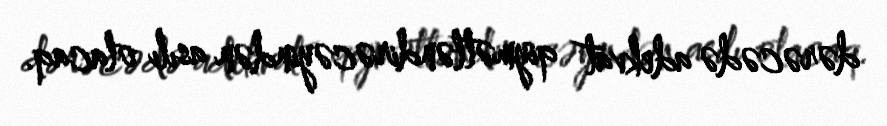
dərəcədə adekvat qiymətləndirəcəyindən asılı olacaq.